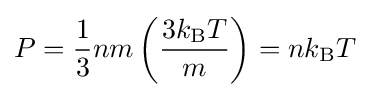
P={\frac {1}{3}}nm\left({\frac {3k_{\rm {B}}T}{m}}\right)=nk_{\rm {B}}T